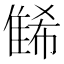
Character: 𨿛